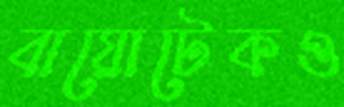
বায়োটেকও